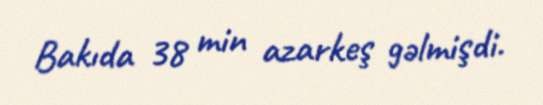
Bakıda 38 min azarkeş gəlmişdi.